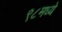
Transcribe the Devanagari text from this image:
९८मध्ये